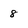
Character: 8